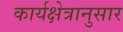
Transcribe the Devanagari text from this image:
कार्यक्षेत्रानुसार